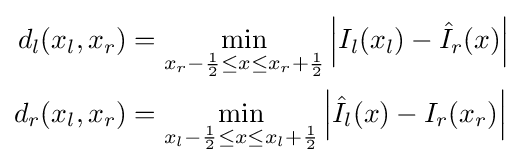
{\begin{aligned}d_{l}(x_{l},x_{r})&=\min _{x_{r}-{\frac {1}{2}}\leq x\leq x_{r}+{\frac {1}{2}}}\left|I_{l}(x_{l})-{\hat {I}}_{r}(x)\right|\\d_{r}(x_{l},x_{r})&=\min _{x_{l}-{\frac {1}{2}}\leq x\leq x_{l}+{\frac {1}{2}}}\left|{\hat {I}}_{l}(x)-I_{r}(x_{r})\right|\end{aligned}}